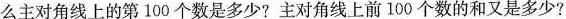
么主对角线上的第100个数是多少?主对角线上前100个数的和又是多少?